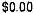
$0.00